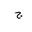
Letter: _gim